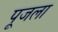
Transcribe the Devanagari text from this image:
पूजला